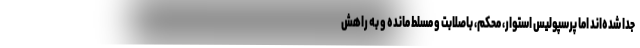
جدا شده‌اند اما پرسپولیس استوار، محکم، باصلابت و مسلط مانده و به راهش